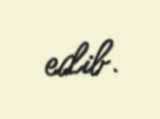
edib.